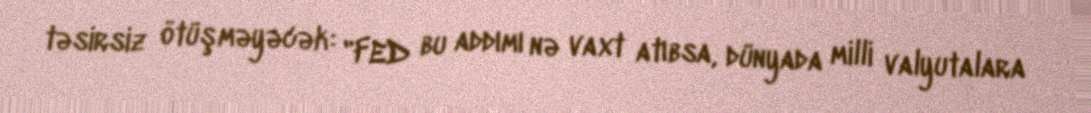
təsirsiz ötüşməyəcək: "FED bu addımı nə vaxt atıbsa, dünyada milli valyutalara